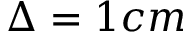
\Delta = 1 c m